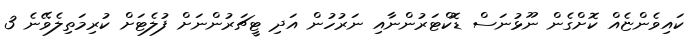
ކައިވެންޏެއް ކޮށްގެން ނޫޅުނަސް ޑޮކްޓަރުންނާއި ނަރުހުން އަދި ޓީޗަރުންނަށް ފުލެޓަށް ކުރިމަތިލެވޭނެ 3